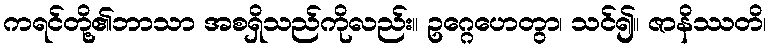
ကရင်တို့၏ဘာသာ အစရှိသည်ကိုလည်း။ ဥဂ္ဂေဟေတွာ၊ သင်၍။ ဇာနိဿတိ၊